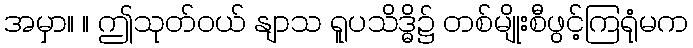
အမှာ။ ။ ဤသုတ်ဝယ် နျာသ ရူပသိဒ္ဓိ၌ တစ်မျိုးစီဖွင့်ကြရုံမက